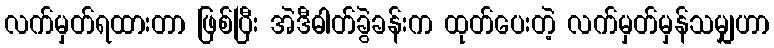
လက်မှတ်ရထားတာ ဖြစ်ပြီး အဲဒီဓါတ်ခွဲခန်းက ထုတ်ပေးတဲ့ လက်မှတ်မှန်သမျှဟာ